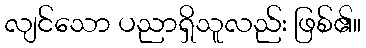
လျင်သော ပညာရှိသူလည်း ဖြစ်၏။